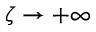
\zeta \rightarrow + \infty